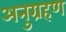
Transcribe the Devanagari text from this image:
अनुग्रहण